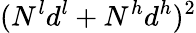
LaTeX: (N^{l}d^{l}+N^{h}d^{h})^{2}